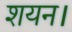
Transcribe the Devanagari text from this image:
शयन।